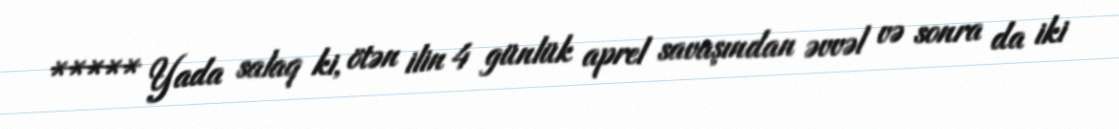
***** Yada salaq ki, ötən ilin 4 günlük aprel savaşından əvvəl və sonra da iki